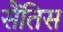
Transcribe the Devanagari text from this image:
सैंतिस